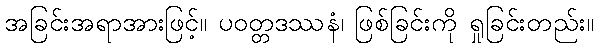
အခြင်းအရာအားဖြင့်။ ပဝတ္တဒဿနံ၊ ဖြစ်ခြင်းကို ရှုခြင်းတည်း။